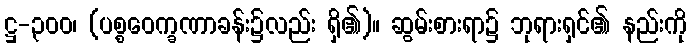
ဋ္ဌ-၃၀၀၊ (ပစ္စဝေက္ခဏာခန်း၌လည်း ရှိ၏)။ ဆွမ်းစားရာ၌ ဘုရားရှင်၏ နည်းကို